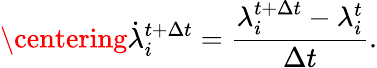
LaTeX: \centering\dot{\lambda}_{i}^{t+\Delta t}=\frac{\lambda_{i}^{t+\Delta t}-\lambda_{i}^{t}}{\Delta t}.